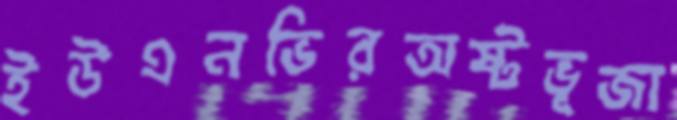
ইউএনভিরঅষ্টভূজা